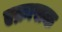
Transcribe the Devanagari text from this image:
एक्रासक